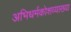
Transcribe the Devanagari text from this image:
अभिधर्मकोशव्याख्या